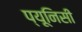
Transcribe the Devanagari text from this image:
प्यूनिसी